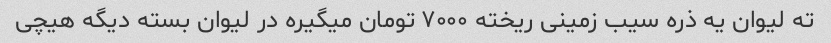
ته لیوان یه ذره سیب زمینی ریخته ۷۰۰۰ تومان میگیره در لیوان بسته دیگه هیچی